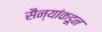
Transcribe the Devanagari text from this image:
सैन्यांकडून